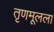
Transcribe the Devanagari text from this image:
तृणमूलला